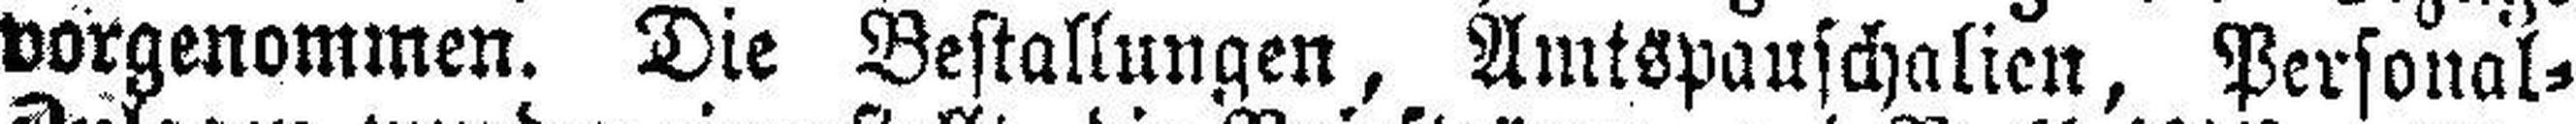
vorgenommen. Die Bestallungen, Amtspauschalien, Personal=